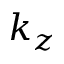
k _ { z }